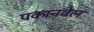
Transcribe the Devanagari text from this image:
पकानवेल